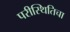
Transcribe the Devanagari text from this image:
परीस्थितिचा